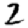
Digit: 2